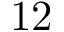
1 2